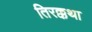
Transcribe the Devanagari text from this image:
तिरक्कथा